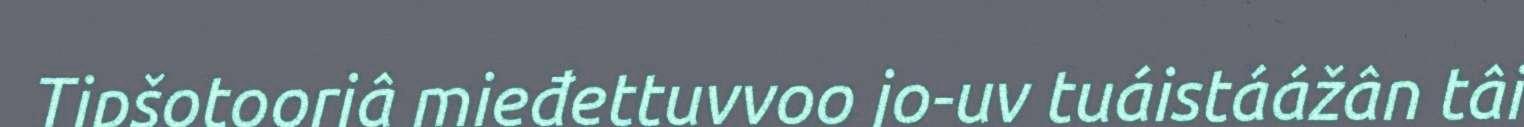
Tipšotoorjâ mieđettuvvoo jo-uv tuáistáážân tâi